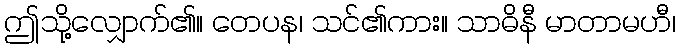
ဤသို့လျှောက်၏။ တေပန၊ သင်၏ကား။ သာဓိနီ မာတာမဟီ၊